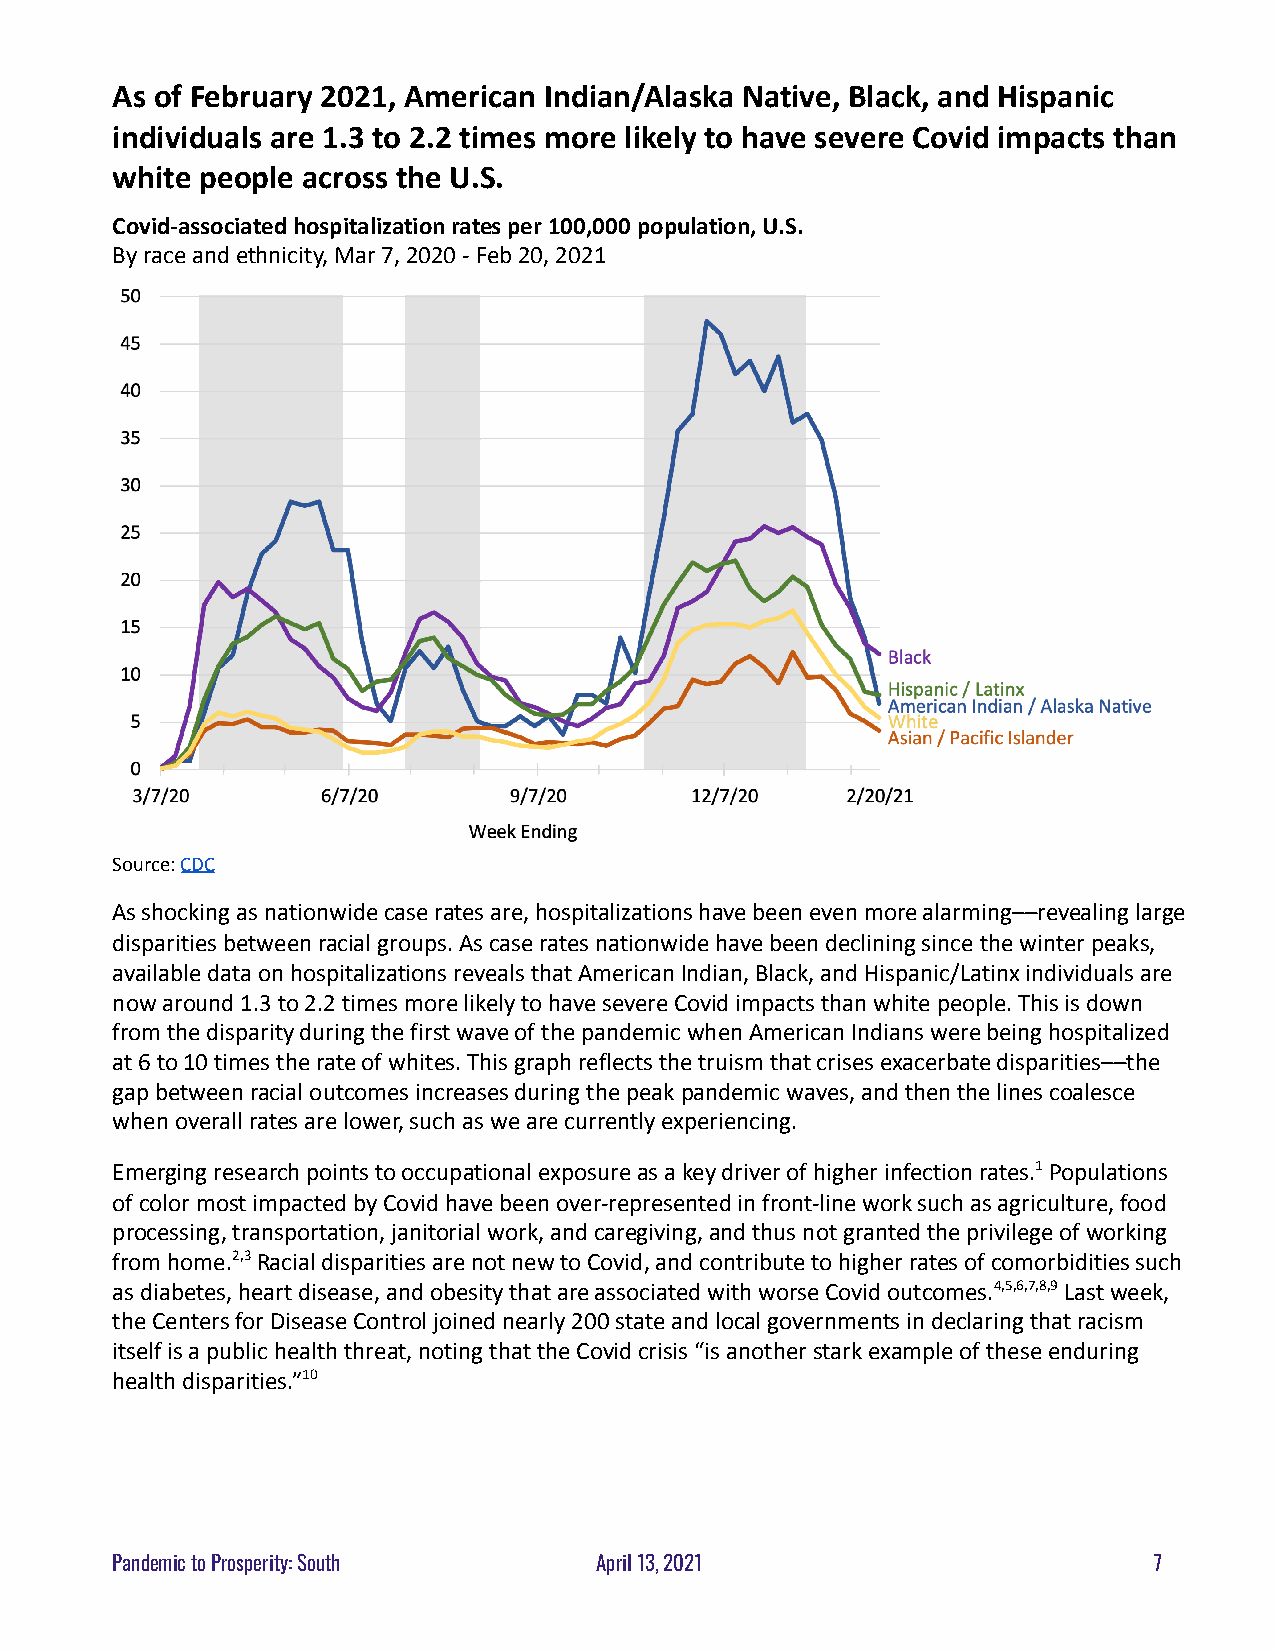
As of February 2021, American Indian/Alaska Native, Black, and Hispanic
 individuals are 1.3 to 2.2 times more likely to have severe Covid impacts than
 white people across the U.S.
 Covid-associated hospitalization rates per 100,000population, U.S.
 By race and ethnicity, Mar 7, 2020 - Feb 20, 2021
 Source:CDC
 As shocking as nationwide case rates are, hospitalizationshave been even more alarming––revealing large
 disparities between racial groups. As case rates nationwidehave been declining since the winter peaks,
 available data on hospitalizations reveals that AmericanIndian, Black, and Hispanic/Latinx individuals are
 now around 1.3 to 2.2 times more likely to have severeCovid impacts than white people. This is down
 from the disparity during the first wave of the pandemicwhen American Indians were being hospitalized
 at 6 to 10 times the rate of whites. This graph reflectsthe truism that crises exacerbate disparities––the
 gap between racial outcomes increases during the peakpandemic waves, and then the lines coalesce
 when overall rates are lower, such as we are currentlyexperiencing.
 Emerging research points to occupational exposureas a key driver of higher infection rates.1Populations
 of color most impacted by Covid have been over-representedin front-line work such as agriculture, food
 processing, transportation, janitorial work, and caregiving,and thus not granted the privilege of working
 from home.2,3Racial disparities are not new to Covid,and contribute to higher rates of comorbidities such
 as diabetes, heart disease, and obesity that are associatedwith worse Covid outcomes.4,5,6,7,8,9Last week,
 the Centers for Disease Control joined nearly 200state and local governments in declaring that racism
 itself is a public health threat, noting that theCovid crisis “is another stark example of these enduring
 health disparities.”10
 Pandemic to Prosperity: South   April 13, 2021                       7